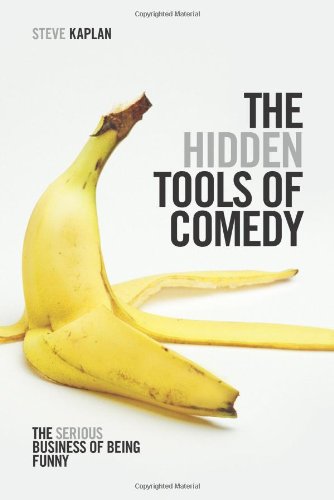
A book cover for The Hidden Tools of Comedy: The Serious Business of Being Funny; Steve Kaplan; Humor & Entertainment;